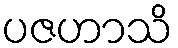
ပဇဟာသိ